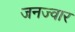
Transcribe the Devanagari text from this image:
जनज्वार